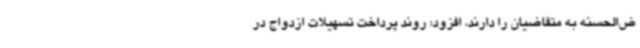
ض‌الحسنه به متقاضیان را دارند، افزود: روند پرداخت تسهیلات ازدواج در